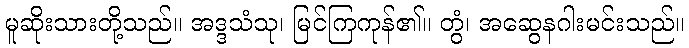
မူဆိုးသားတို့သည်။ အဒ္ဒသံသု၊ မြင်ကြကုန်၏။ တွံ၊ အဆွေနဂါးမင်းသည်။